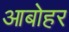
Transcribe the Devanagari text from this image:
आबोहर